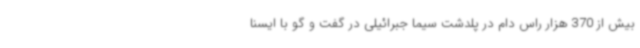
بیش از 370 هزار راس دام در پلدشت سیما جبرائیلی در گفت و گو با ایسنا